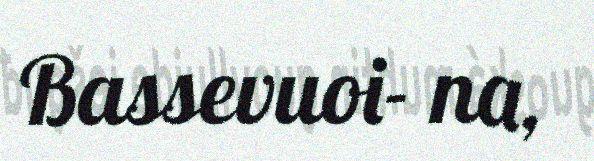
Bassevuoi- na,